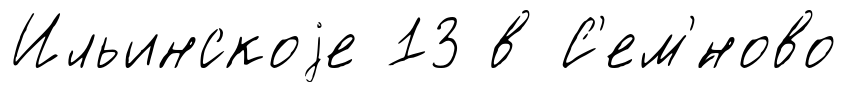
Ильинскоjе 13 в С'ем'́ново